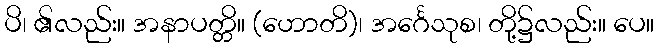
ပိ၊ ၏လည်း။ အနာပတ္တိ။ (ဟောတိ)၊ အင်္ဂေသုစ၊ တို့၌လည်း။ ပေ။